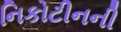
નિકોટીનની